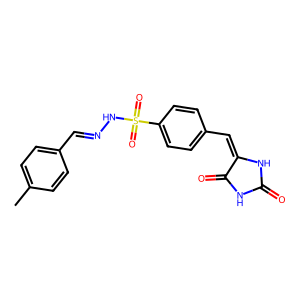
SMILES: Cc1ccc(C=NNS(=O)(=O)c2ccc(C=C3NC(=O)NC3=O)cc2)cc1
Inhibits HIV replication: No